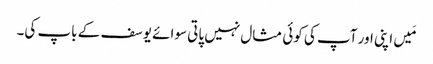
مَیں اپنی اور آپ کی کوئی مثال نہیں پاتی سوائے یوسف کے باپ کی۔